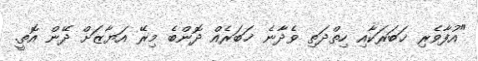
"އުފާވެރި ޚަބަރަކާއި ހިތްދަތި ވެދާނެ ޚަބަރެއް ދޮންބެ މިރޭ އަޔާޒަށް ދޭން އޮތީ.